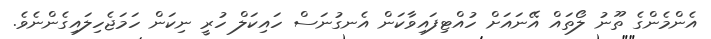
އެންމެންގެ ތޫނު ލޯތައް އޭނައަށް ހުއްޓިފައިވާކަން އެނގުނަސް ހައިކަލް ހުރީ ނިކަން ހަމަޖެހިލައިގެންނެވެ.